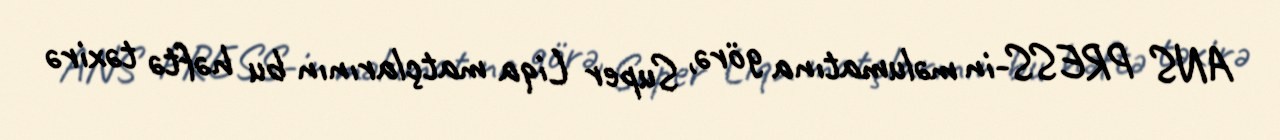
ANS PRESS-in məlumatına görə, Super Liqa matçlarının bu həftə təхirə